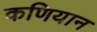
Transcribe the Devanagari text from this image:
कणियान